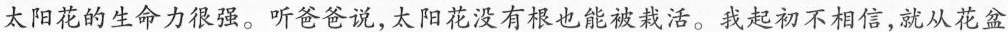
太阳花的生命力很强。听爸爸说，太阳花没有根也能被栽活。我起初不相信，就从花盆